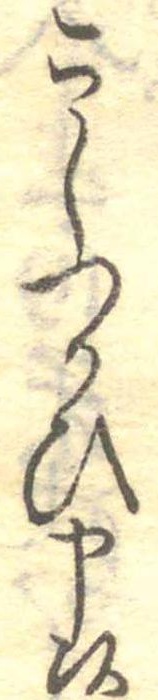
こしつかひ申候